Account of plague administration in the Bombay Presidency from September 1896 till May 1897
Year: 1896
Disease focus: Plague
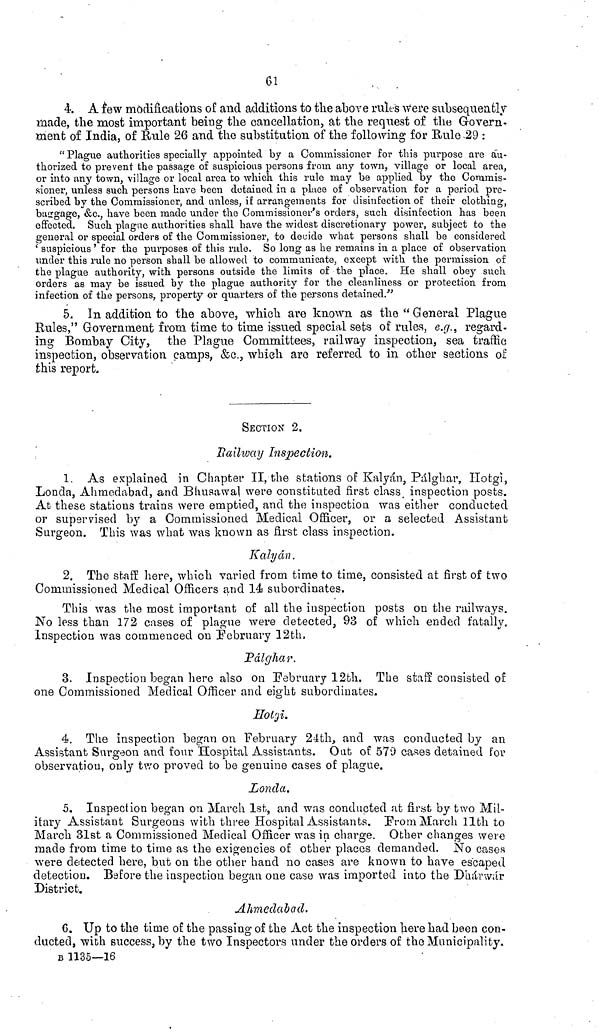
61
4. A few modifications of and additions to the above rules were subsequently
made, the most important being the cancellation, at the request of the Govern-
ment of India, of Rule 26 and the substitution of the following for Rule 29 :
"Plague authorities specially appointed by a Commissioner for this purpose are au-
thorized to prevent the passage of suspicious persons from any town, village or local area,
or into any town, village or local area to which this rule may be applied by the Commis-
sioner, unless such persons have been detained in a place of observation for a period pre-
scribed by the Commissioner, and unless, if arrangements for disinfection of their clothing,
baggage, &c., have been made under the Commissioner's orders, such disinfection has been
effected. Such plagne authorities shall have the widest discretionary power, subject to the
general or special orders of the Commissioner, to decide what persons shall be considered
'suspicious' for the purposes of this rule. So long as he remains in a place of observation
under this rule no person shall be allowed to communicate, except with the permission of
the plague authority, with persons outside the limits of the place. He shall obey such
orders as may be issued by the plague authority for the cleanliness or protection from
infection of the persons, property or quarters of the persons detained."
5. In addition to the above, which are known as the "General Plague
Rules," Government from time to time issued special sets of rules, e.g., regard-
ing Bombay City, the Plague Committees, railway inspection, sea traffic
inspection, observation camps, &c., which are referred to in other sections of
this report.
SECTION 2.
Railway Inspection.
1. As explained in Chapter II, the stations of Kályan, Pálghar, Hotgi,
Londa, Ahmedabad, and Bhusawal were constituted first class inspection posts.
At these stations trains were emptied, and the inspection was either conducted
or supervised by a Commissioned Medical Officer, or a selected Assistant
Surgeon. This was what was known as first class inspection.
Kalyán.
2. The staff here, which varied from time to time, consisted at first of two
Commissioned Medical Officers and 14 subordinates.
This was the most important of all the inspection posts on the railways.
No less than 172 cases of plague were detected, 93 of which ended fatally.
Inspection was commenced on February 12th,
Pálghar.
3. Inspection began here also on February 12th. The staff consisted of
one Commissioned Medical Officer and eight subordinates.
Hotgi.
4. The inspection began on February 24th, and was conducted by an
Assistant Surgeon and four Hospital Assistants. Out of 570 cases detained for
observation, only two proved to be genuine cases of plague.
Londa.
5. Inspection began on March 1st, and was conducted at first by two Mil-
itary Assistant Surgeons with three Hospital Assistants. From March 11th to
March 31st a Commissioned Medical Officer was in charge. Other changes were
made from time to time as the exigencies of other places demanded. No cases
were detected here, but on the otlier band no cases are known to have escaped,
detection. Before the inspection began one case was imported into the Dhárwár
District.
Ahmedabad.
6. Up to the time of the passing of the Act the inspection here had been con-
ducted, with success, by the two Inspectors under the orders of the Municipality.
Β 1135—16